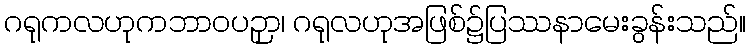
ဂရုကလဟုကဘာဝပဉှာ၊ ဂရုလဟုအဖြစ်၌ပြဿနာမေးခွန်းသည်။